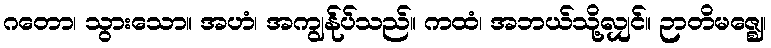
ဂတော၊ သွားသော။ အဟံ၊ အကျွန်ုပ်သည်။ ကထံ၊ အဘယ်သို့လျှင်။ ဉာတိမဇ္ဈေ၊